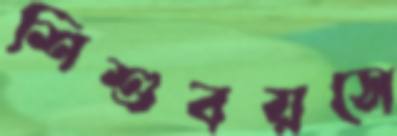
শিশুবয়সে